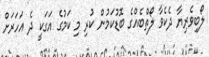
ލޯބިވެރިޔާ ދެކެވާ ލޯތްބެއްގެ ބޮޑުކަމުން ކުރި މި ކަމުގެ އަގަކީ ދެ އަހަރަށް